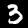
Label: 3